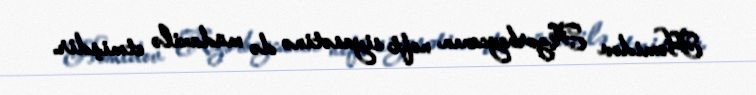
Həmidov Azərbaycanın neft siyasətinə də müdaxilə etmişdir.